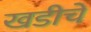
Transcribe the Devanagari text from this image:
खडीचे